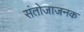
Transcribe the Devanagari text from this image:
संतोजाजनक